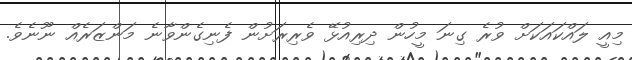
މިއީ ލައްކައަކަށް ވުރެ ގިނަ މީހުން ދިރިއުޅޭ ވެރިރަށުން ފެނިގެންވާނެ މަންޒަރެއް ނޫނެވެ.